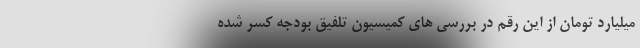
میلیارد تومان از این رقم در بررسی های کمیسیون تلفیق بودجه کسر شده